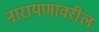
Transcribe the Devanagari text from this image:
नारायणावरील